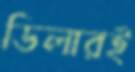
ডিলারই